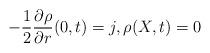
LaTeX: \begin{align*} -\frac 12 \frac{\partial \rho}{\partial r}(0,t) = j, \rho(X,t)= 0 \end{align*}